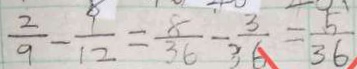
\frac { 2 } { 9 } - \frac { 1 } { 1 2 } = \frac { 8 } { 3 6 } - \frac { 3 } { 3 6 } = \frac { 5 } { 3 6 }